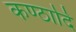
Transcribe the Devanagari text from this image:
कण्ठादि